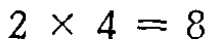
\(2\times4 = 8\)